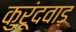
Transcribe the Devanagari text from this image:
कुरूंदवाड़